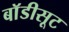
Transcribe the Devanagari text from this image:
बाॅडीसूट